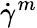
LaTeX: {\dot{\gamma}}^{m}